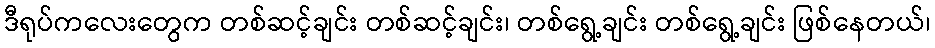
ဒီရုပ်ကလေးတွေက တစ်ဆင့်ချင်း တစ်ဆင့်ချင်း၊ တစ်ရွေ့ချင်း တစ်ရွေ့ချင်း ဖြစ်နေတယ်၊